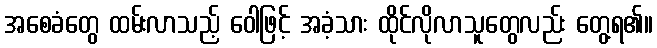
အစေခံတွေ ထမ်းလာသည့် ဝေါဖြင့် အခံ့သား ထိုင်လိုလာသူတွေလည်း တွေ့ရ၏။